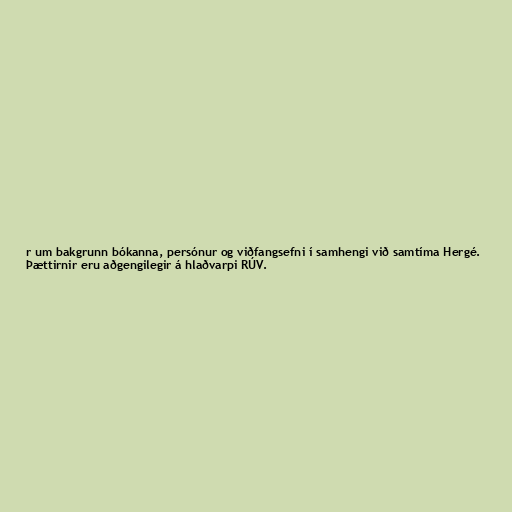
r um bakgrunn bókanna, persónur og viðfangsefni í samhengi við samtíma Hergé.
Þættirnir eru aðgengilegir á hlaðvarpi RÚV.